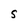
Character: S